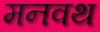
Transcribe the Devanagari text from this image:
मनवथ